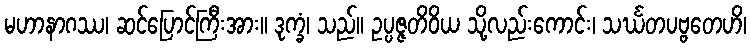
မဟာနာဂဿ၊ ဆင်ပြောင်ကြီးအား။ ဒုက္ခံ၊ သည်။ ဥပ္ပဇ္ဇတိဝိယ သို့လည်းကောင်း၊ သင်္ဃတပဗ္ဗတေဟိ၊